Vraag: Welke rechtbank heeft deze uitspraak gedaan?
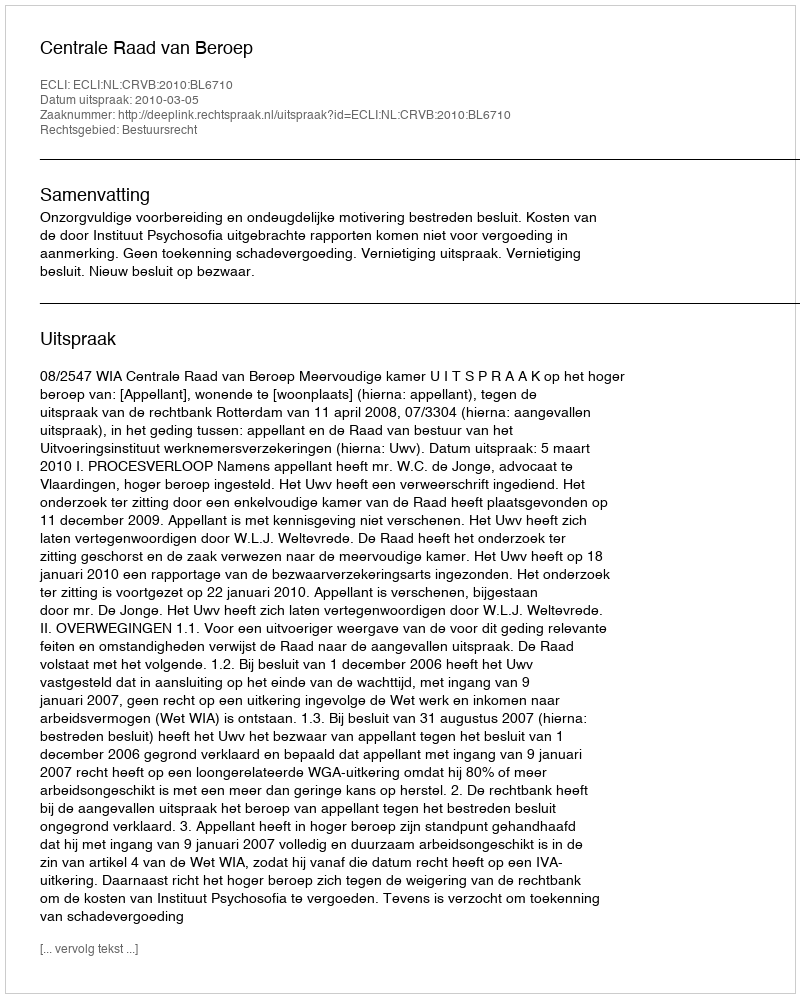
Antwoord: Centrale Raad van Beroep